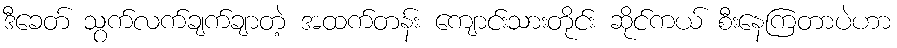
ဒီခေတ် သွက်လက်ချက်ချာတဲ့ အထက်တန်း ကျောင်းသားတိုင်း ဆိုင်ကယ် စီးနေကြတာပဲဟာ